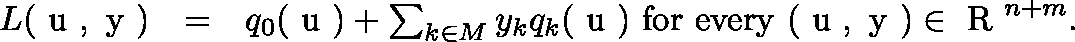
\begin{array} { r l r } { L ( \mathrm { \boldmath ~ u ~ } , \mathrm { \boldmath ~ y ~ } ) } & { = } & { q _ { 0 } ( \mathrm { \boldmath ~ u ~ } ) + \sum _ { k \in M } y _ { k } q _ { k } ( \mathrm { \boldmath ~ u ~ } ) \ \mathrm { f o r ~ e v e r y ~ } ( \mathrm { \boldmath ~ u ~ } , \mathrm { \boldmath ~ y ~ } ) \in \mathrm { ~ \mathbb { R } ~ } ^ { n + m } . } \end{array}